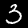
Label: 3